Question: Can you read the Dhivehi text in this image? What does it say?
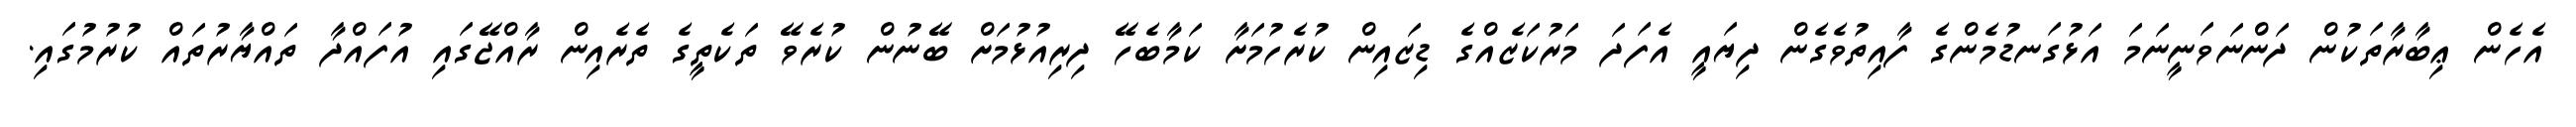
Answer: އެހެން ޢިބާރާތަކުން ދަންނަވަނީނަމަ އަޅުގަނޑުމެންގެ ފާއިތުވެގެން ދިޔައީ އެފަދަ މަރުކަޒެއްގެ ޑިޒައިން ކުރެހުމަށާ ކަމާބެހޭ ދިރިއުޅުމަށް ބޭނުން ކުރެވޭ ތަކެތީގެ ތެރެއިން ރާއްޖޭގައި އުފައްދާ ތައްޔާރުތައް ކުރުމުގައި.